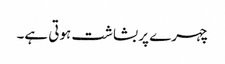
چہرے پر بشاشت ہوتی ہے۔